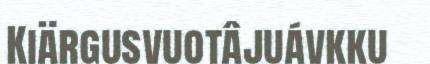
Kiärgusvuotâjuávkku